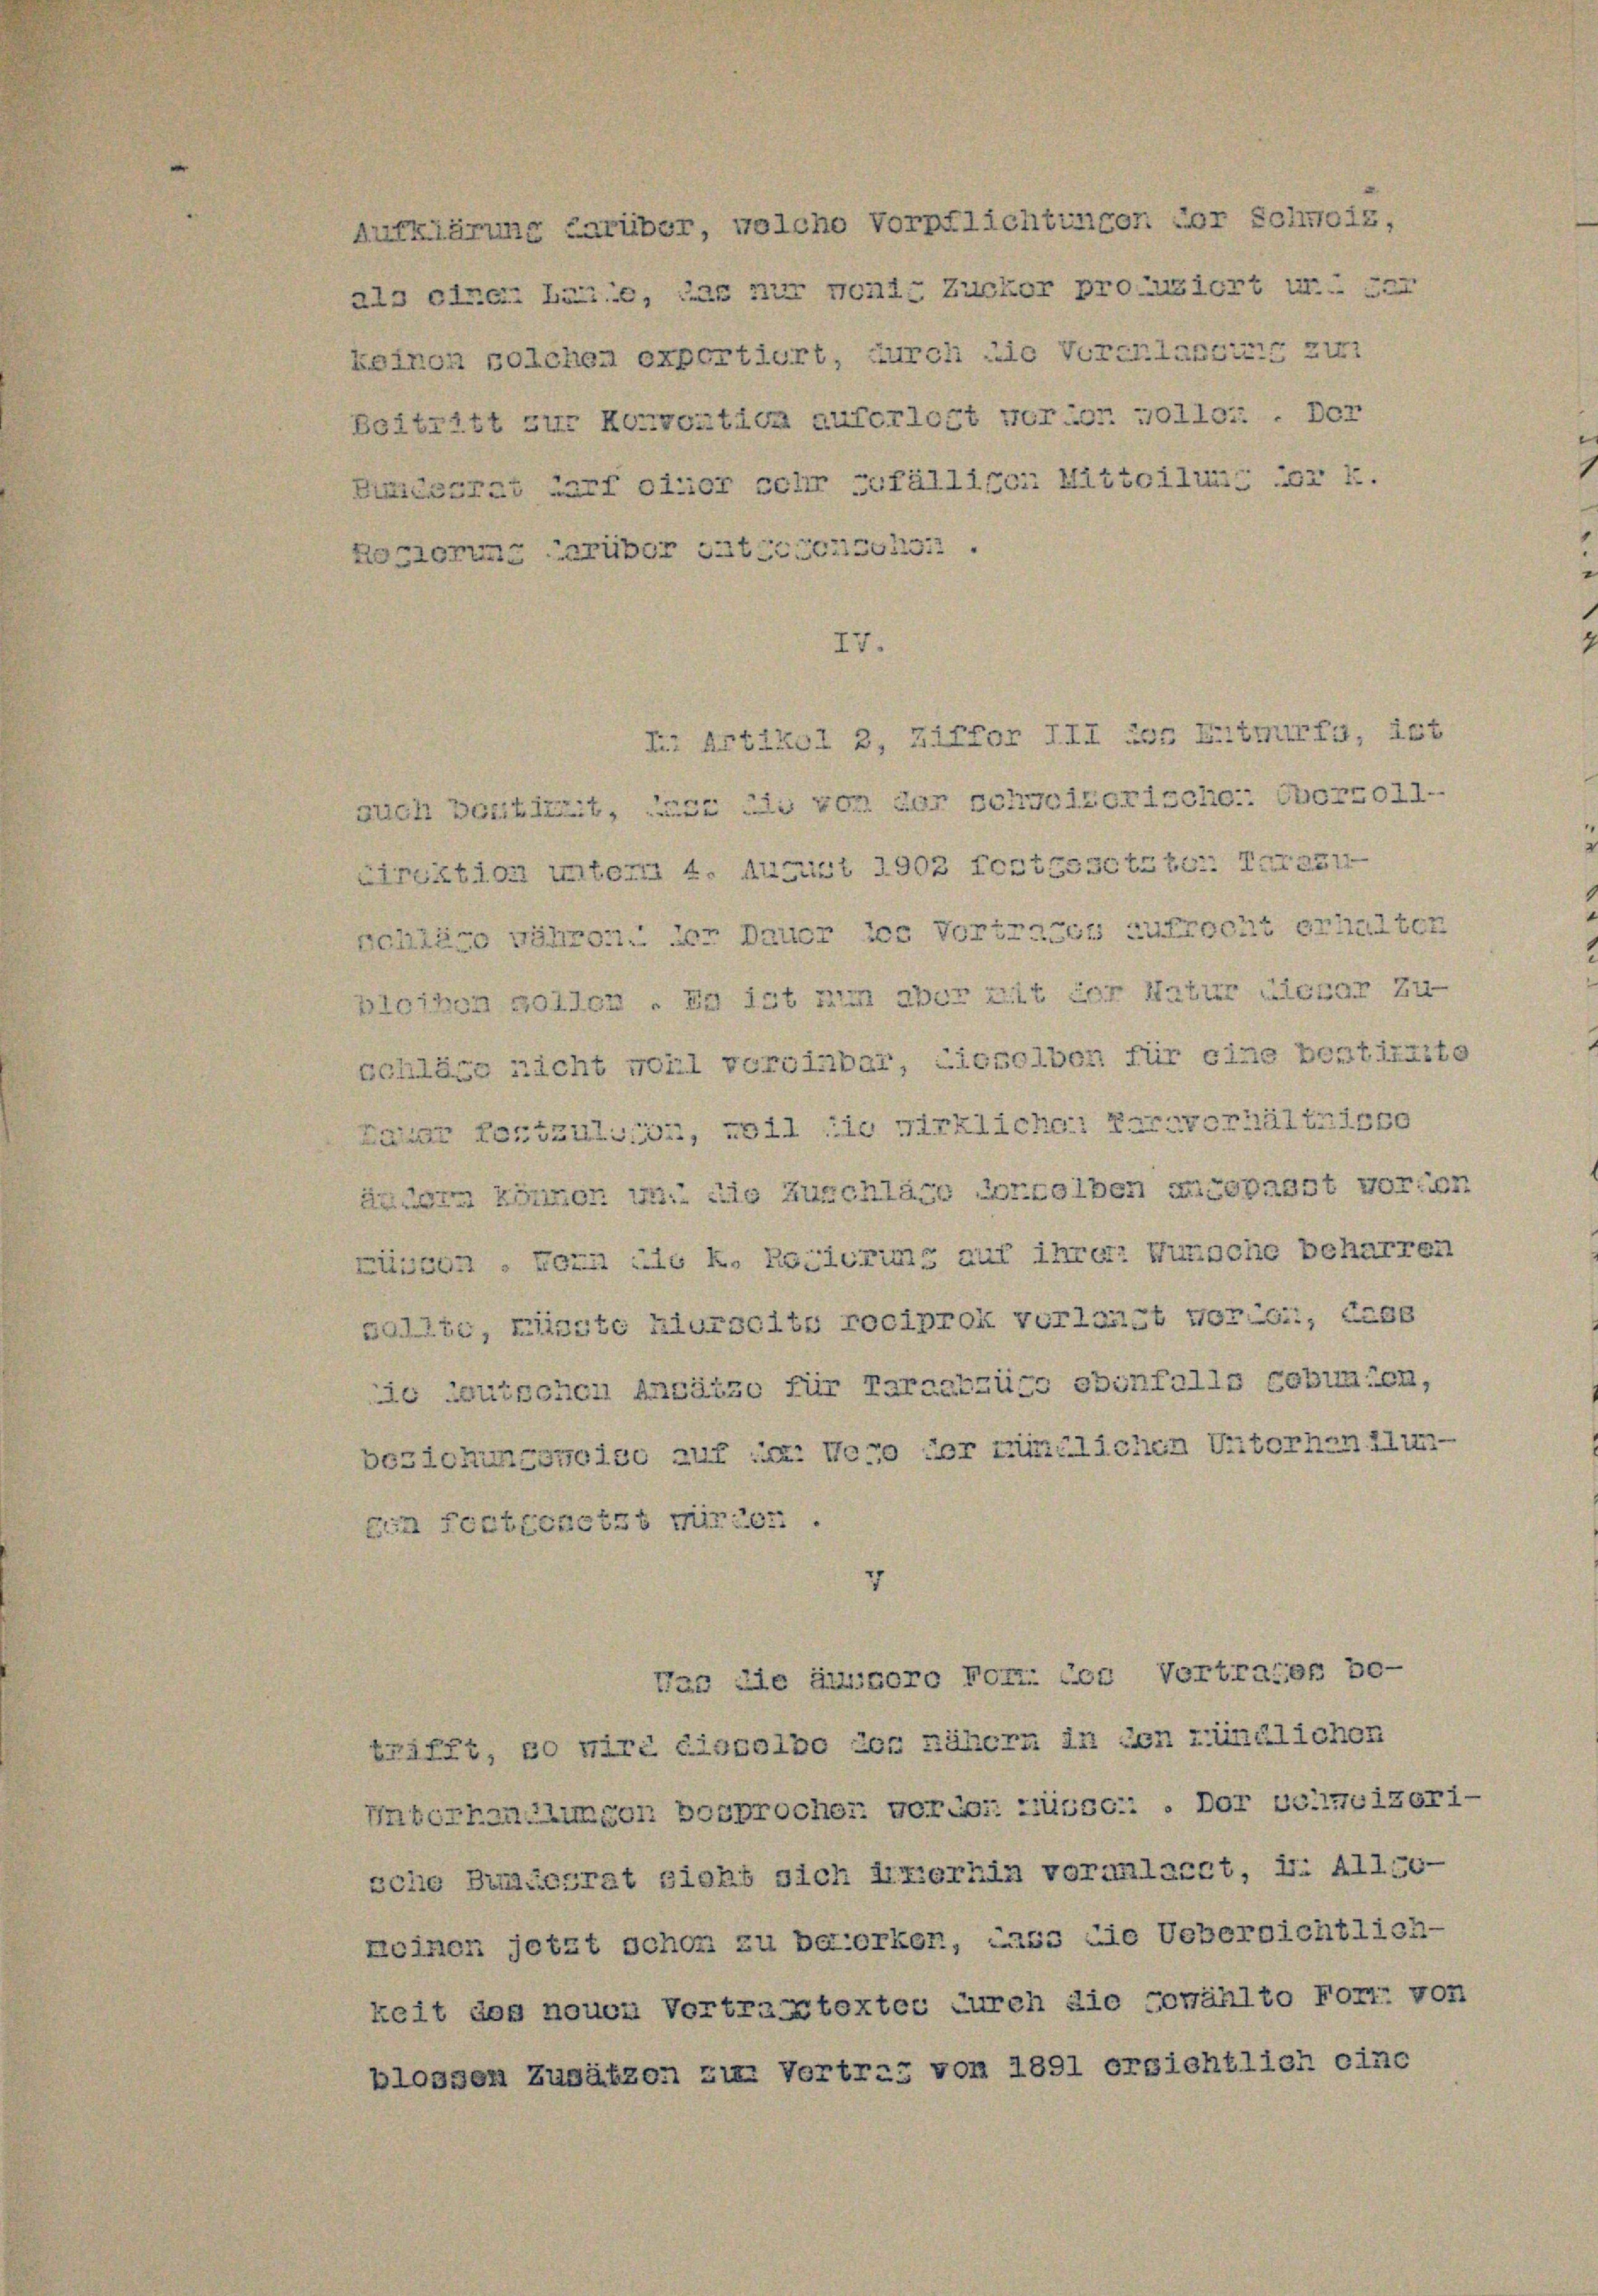
keinen solchen exportiert, durch die Vorerlangung zur
Beitritt zur Korication auferlegt vorior volle: . Der
Hundesrat darf einer sehr zufälligen Mitteilung der k.
Regierung darüber datirtensens.

Aufklärung darüber, welche Vorpflichtungen vor Schweiz,
als eine Lane, das nur wenig Zucker produziert u. er

7

L Artikel 2, Ziffor III der Entwurfs, ist
auch bestixxit, dass die von der schweizerische: vorzoll-
Cirektion unterm 4. August 1902 festgesetzter. Tarazu
schläge währen. der Dauer des Vortrages zufrecht erhalten
bleihen sollen. Es ist nun aber mit der Natur nickar Zu-
schläge nicht wohl voreinbar, dieselben für eine bestireite
g
kahar fortzulsion, weil sie wirklichen Parrverhäluristo
ändern können in die Zuschläge derselben angepasst worden
müssen. Forn die k. Regierung auf ihrer Wunsche beharren
sollte, misste hierseits reciprok verlangt vorig, dass
die deutschen Ansätze für Tarzatzüge ebenfalls Gebunden,
n
beziehungeneise auf im Wege der mündlichen Vitorhandlunbin festgesetzt mirier.
Was die äussero Von des Vortrages be-
trifft, so wird dissolbo zog nähern in den zündlichen
Unterhandlungen besprocher vorübe. Misse . Dor beimeizerische Bindesrat sicht sich Axerhin voranlacet, u. 41150—
keinen jetzt schon zu bezierken, dass die Uebersichtlich-
keit des nouen Vortragstextes durch die cowählto Fort: von
blossen Zusätzen zu Vortrag von 1891 ersichtlich eine